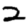
Digit: 2